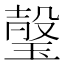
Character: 𱯏